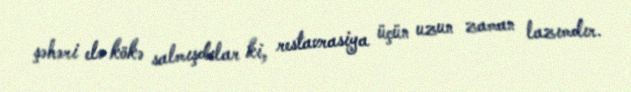
şəhəri elə kökə salmışdılar ki, restavrasiya üçün uzun zaman lazımdır.